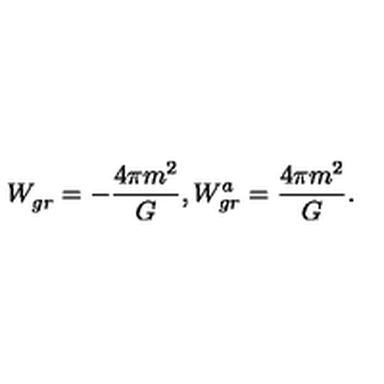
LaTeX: W _ { g r } ^ { } = - { \frac { 4 \pi m ^ { 2 } } { G } } , W _ { g r } ^ { a } = { \frac { 4 \pi m ^ { 2 } } { G } } .